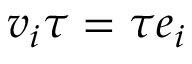
\boldsymbol { v } _ { i } \boldsymbol { \tau } = \tau \boldsymbol { e } _ { i }